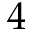
4